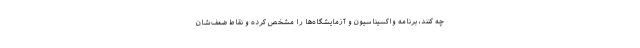
چه کنند، برنامه واکسیناسیون و آزمایشگاه‌ها را مشخص کرده و نقاط ضعف‌شان